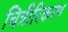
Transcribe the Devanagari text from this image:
चित्रीरिकरण